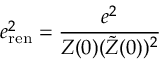
e _ { \mathrm { r e n } } ^ { 2 } = { \frac { e ^ { 2 } } { Z ( 0 ) ( \tilde { Z } ( 0 ) ) ^ { 2 } } }